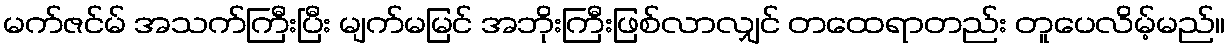
မက်ဇင်မ် အသက်ကြီးပြီး မျက်မမြင် အဘိုးကြီးဖြစ်လာလျှင် တထေရာတည်း တူပေလိမ့်မည်။